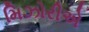
મિઝોરીએ